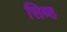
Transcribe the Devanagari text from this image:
सिब्ह